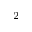
_ 2